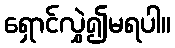
ရှောင်လွှဲ၍မရပါ။